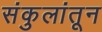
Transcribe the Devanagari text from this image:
संकुलांतून